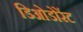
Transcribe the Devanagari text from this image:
डिओडोरेंट